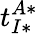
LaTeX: t_{I*}^{A*}